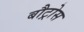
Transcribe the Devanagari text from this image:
बौट्रोस